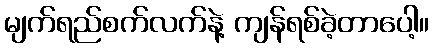
မျက်ရည်စက်လက်နဲ့ ကျန်ရစ်ခဲ့တာပေါ့။